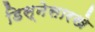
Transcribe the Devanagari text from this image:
डिस्नेसारखे